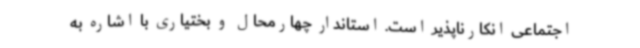
اجتماعی انکارناپذیر است. استاندار چهارمحال و بختیاری با اشاره به